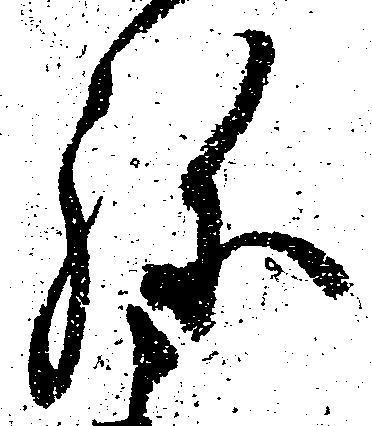
弥